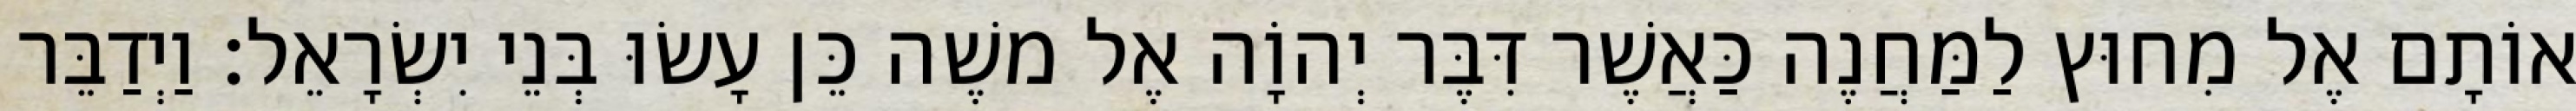
אוֹתָם אֶל מִחוּץ לַמַּחֲנֶה כַּאֲשֶׁר דִּבֶּר יְהוָֹה אֶל משֶׁה כֵּן עָשׂוּ בְּנֵי יִשְׂרָאֵל׃ וַיְדַבֵּר